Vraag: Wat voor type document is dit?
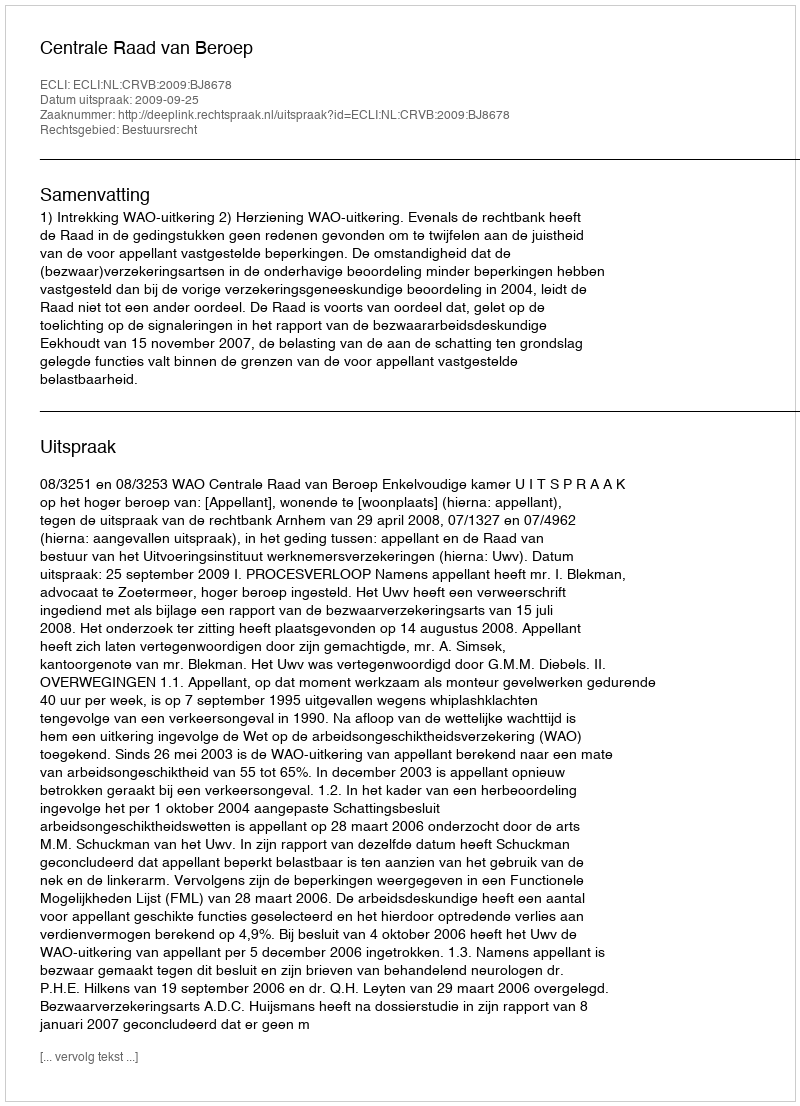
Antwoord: Uitspraak